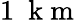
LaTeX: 1~\mathrm{~k~m~}